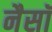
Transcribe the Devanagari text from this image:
नैसॉ